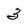
Character: 3